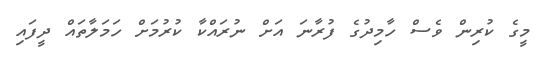
މީގެ ކުރިން ވެސް ހާމިދުގެ ފުރާނަ އަށް ނުރައްކާ ކުރުމަށް ހަމަލާތައް ދީފައި